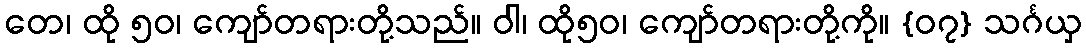
တေ၊ ထို ၅၀၊ ကျော်တရားတို့သည်။ ဝါ၊ ထို၅၀၊ ကျော်တရားတို့ကို။ {၀၇} သင်္ဂယှ